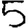
Digit: 5